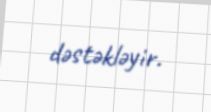
dəstəkləyir.